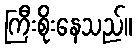
ကြီးစိုးနေသည်။